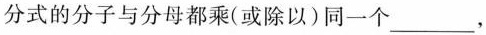
分式的分子与分母都乘(或除以)同一个 ___，